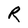
Character: R